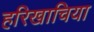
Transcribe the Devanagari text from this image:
हरिखाचिया